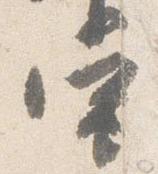
当